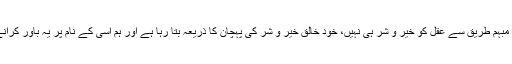
کس قدر حیرت انگیز بات ہے کہ اللہ اپنے سیکڑوں ارشادات میں نہایت غیر مبہم طریق سے عقل کو خیر و شر ہی نہیں، خود خالق خیر و شر کی پہچان کا ذریعہ بتا رہا ہے اور ہم اسی کے نام پر یہ باور کرانے پر زور لگا رہے ہیں کہ خوب و زشت کی معرفت عقل کا وظیفہ ہی نہیں۔